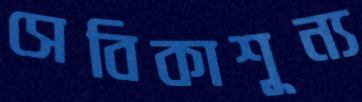
সেবিকাশূন্য